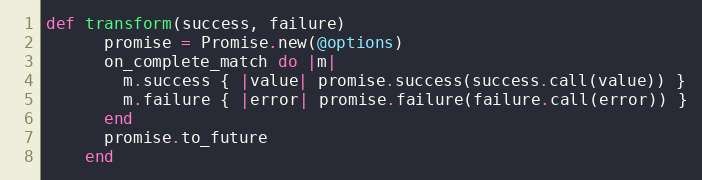
Language: Ruby
def transform(success, failure)
      promise = Promise.new(@options)
      on_complete_match do |m|
        m.success { |value| promise.success(success.call(value)) }
        m.failure { |error| promise.failure(failure.call(error)) }
      end
      promise.to_future
    end